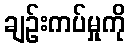
ချဉ်းကပ်မှုကို